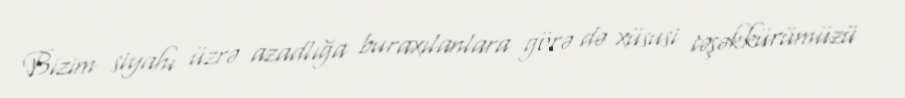
Bizim siyahı üzrə azadlığa buraxılanlara görə də xüsusi təşəkkürümüzü